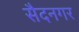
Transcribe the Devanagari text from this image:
सैदनगर